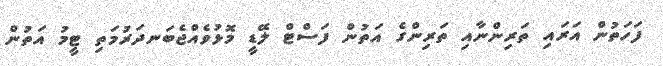
ފަހަތުން އަރައި ތަރިންނާއި ތަރިންގެ އަތުން ފަސްޓް ލޭޑީ މޮޅުވެއްޖެބަނދަރުމަތި ޓީމު އަތުން